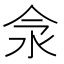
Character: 𣲎